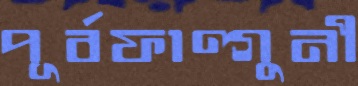
পূর্বফাল্গুনী